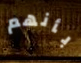
بأنهم